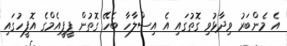
އެ މެންބަރު ވިދާޅުވި ގޮތުގައި އެ އިސްލާހާ ބެހޭ ގޮތުން ޕީޕީއެމްގެ އޮފީހުގައި